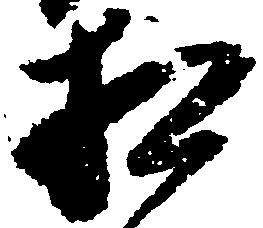
相